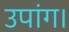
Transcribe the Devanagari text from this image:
उपांग।